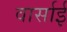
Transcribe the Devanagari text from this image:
वार्साई